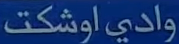
وادي اوشكت